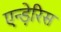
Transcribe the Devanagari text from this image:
एन्ड़ेरिस